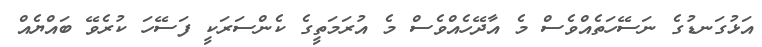
އަޅުގަނޑުގެ ނަސޭހަތެއްވެސް މެ އާދޭހެއްވެސް މެ އުރަމަތީގެ ކެންސަރަކީ ފަސޭހަ ކުރެވޭ ބައްޔެއް